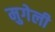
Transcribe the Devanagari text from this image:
मुगेली